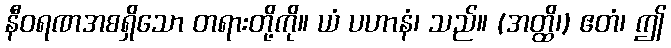
နီဝရဏအစရှိသော တရားတို့ကို။ ယံ ပဟာနံ၊ သည်။ (အတ္ထိ၊) ဧတံ၊ ဤ